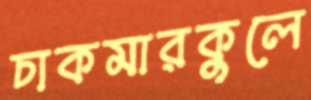
চাকমারকুলে